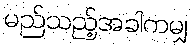
မည်သည့်အခါကမျှ